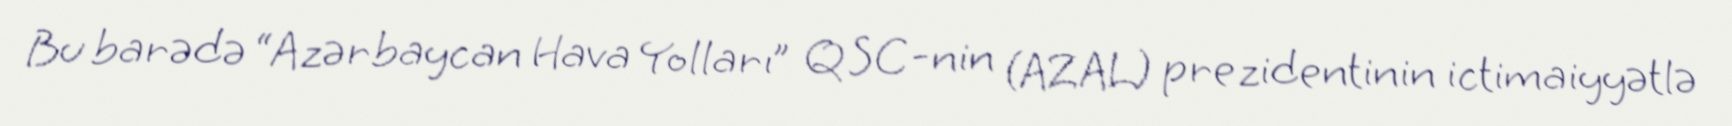
Bu barədə “Azərbaycan Hava Yolları” QSC-nin (AZAL) prezidentinin ictimaiyyətlə